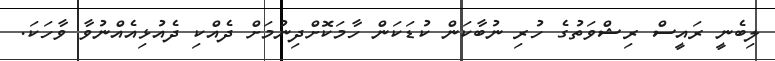
ލިބެނީ ރައީސް ރިޝްވަތުގެ ހުރި ނުބާކަން ކުޑަކަން ހާމަކޮށްދިނުމަށް ދެއްކި ދެއުޅިއެއްނުވާ ވާހަކަ.